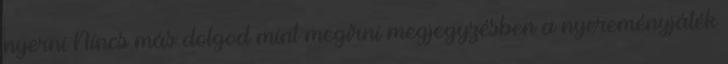
nyerni Nincs más dolgod mint megírni megjegyzésben a nyereményjáték